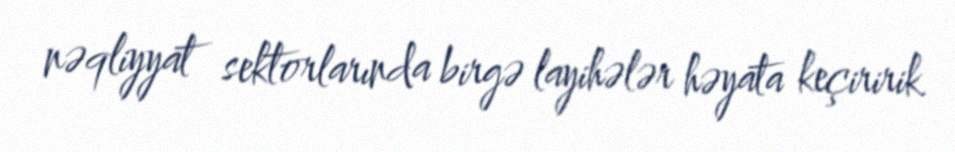
nəqliyyat sektorlarında birgə layihələr həyata keçiririk.